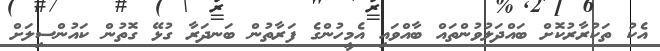
އެކު ތަކުރާރުކޮށް ބައްދަލުވުންތައް ބާއްވައި އެމީހުންގެ ފަރާތުން ބަނދަރާ ގުޅޭ ގޮތުން ކައުންސިލަށް